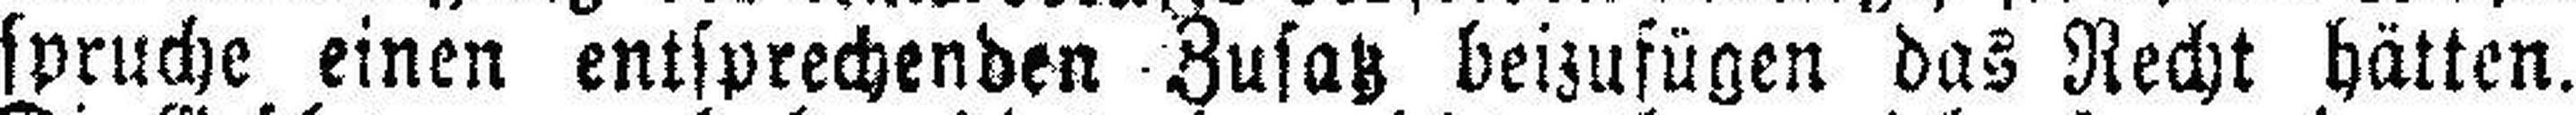
spruche einen entsprechenden Zusatz beizufügen das Recht hätten.